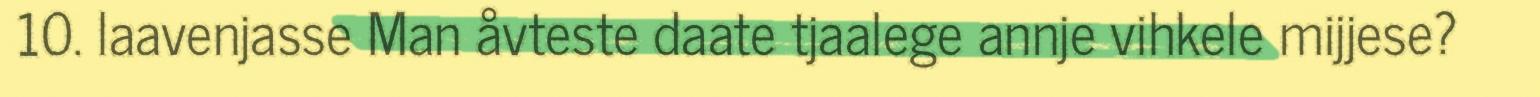
10. laavenjasse Man åvteste daate tjaalege annje vihkele mijjese?